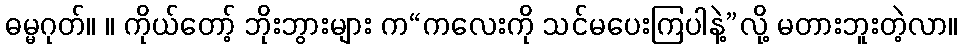
ဓမ္မဂုတ်။ ။ ကိုယ်တော့် ဘိုးဘွားများ က“ကလေးကို သင်မပေးကြပါနဲ့”လို့ မတားဘူးတဲ့လာ။